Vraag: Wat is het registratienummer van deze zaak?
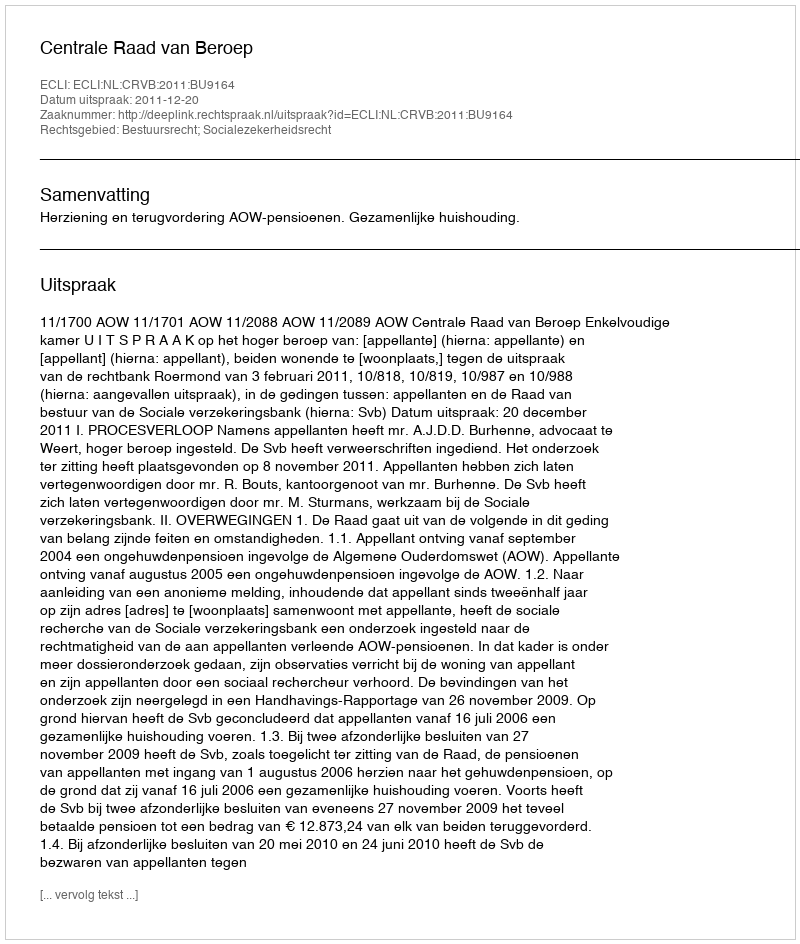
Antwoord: http://deeplink.rechtspraak.nl/uitspraak?id=ECLI:NL:CRVB:2011:BU9164